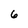
Character: 6